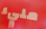
مليء